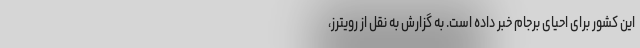
این کشور برای احیای برجام خبر داده است. به گزارش به نقل از رویترز،